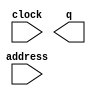
module CTRL_ROM (
	address,
	clock,
	q);

	input	[5:0]  address;
	input	  clock;
	output	[9:0]  q;
`ifndef ALTERA_RESERVED_QIS
// synopsys translate_off
`endif
	tri1	  clock;
`ifndef ALTERA_RESERVED_QIS
// synopsys translate_on
`endif

endmodule